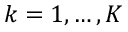
k = 1 , \dots , K